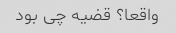
واقعا؟ قضیه چی بود